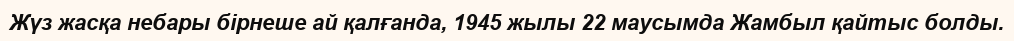
Жүз жасқа небары бірнеше ай қалғанда, 1945 жылы 22 маусымда Жамбыл қайтыс болды.